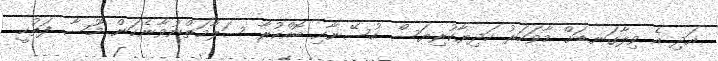
އަދި އެ ވިލާގަނޑަށް މާވަހަރު ހަދިޔާކުރިޔަސް ހުސޭނާއި ބޮއްކުރާ ސަލާމަތްނުވާނެކަން މޫސާ ފަތުހީ